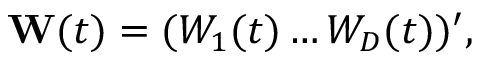
\mathbf { W } ( t ) = ( W _ { 1 } ( t ) \ldots W _ { D } ( t ) ) ^ { \prime } ,